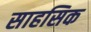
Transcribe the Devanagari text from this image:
साहसिक